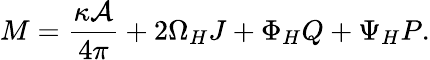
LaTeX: M={\frac{\kappa{\cal A}}{4\pi}}+2\Omega_{H}J+\Phi_{H}Q+\Psi_{H}P.